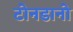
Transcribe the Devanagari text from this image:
टोनडानो